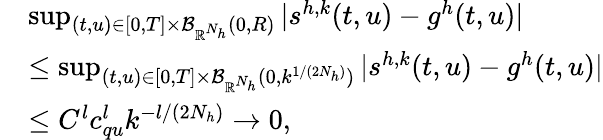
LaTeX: \begin{array}{rl}&{\operatorname*{sup}_{(t,u)\in[0,T]\times\mathcal{B}_{\mathbb{R}^{N_{h}}}(0,R)}|s^{h,k}(t,u)-g^{h}(t,u)|}\\ &{\leq\operatorname*{sup}_{(t,u)\in[0,T]\times\mathcal{B}_{\mathbb{R}^{N_{h}}}(0,k^{1/(2N_{h})})}|s^{h,k}(t,u)-g^{h}(t,u)|}\\ &{\le C^{l}c_{qu}^{l}k^{-l/(2N_{h})}\rightarrow 0,}\end{array}